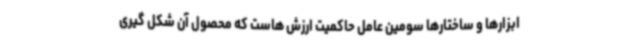
ابزارها و ساختارها سومین عامل حاکمیت ارزش هاست که محصول آن شکل گیری